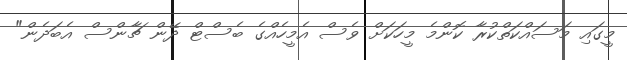
މީގައި މަސައްކަތްކުރާ ކޮންމެ މީހަކަށް ވެސް އެމީހެއްގެ ބެސްޓް ދޭން ޗާންސް އެބަދެން"